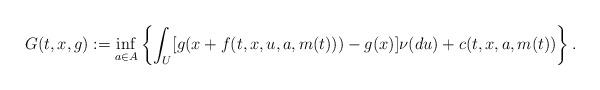
LaTeX: \begin{align*}G(t,x,g):= \inf_{a\in A} \left\{\int_U [g(x + f(t,x, u, a, m(t))) -g(x)] \nu(du) + c(t,x,a,m(t))\right\}.\end{align*}